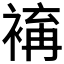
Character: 𧛥